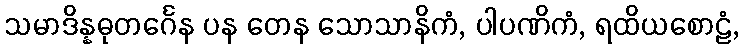
သမာဒိန္နဓုတင်္ဂေန ပန တေန သောသာနိကံ, ပါပဏိကံ, ရထိယစောဠံ,